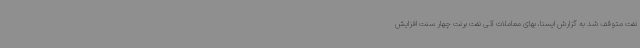
نفت متوقف شد به گزارش ایسنا، بهای معاملات آتی نفت برنت چهار سنت افزایش